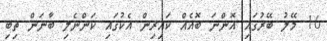
16 މޭލު ބޭރުގައި އޮންނަ ބޮއެއް ކައިރިން އެކުގައި ކަންނެލި ބާނަން ތިބި